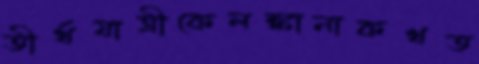
তীর্থযাত্রীকেলঙ্কানাকখত